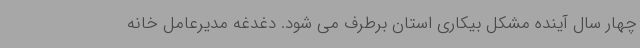
چهار سال آینده مشکل بیکاری استان برطرف می شود. دغدغه مدیرعامل خانه